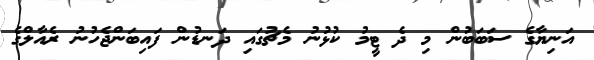
އަނިޔާގެ ސަބަބުން މި ދެ ޓީމު ކުޅުނު މެޗުގައި ދަނޑުން ފައިބަންޖެހުނު ރެއާލްގެ